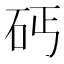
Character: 𱳩